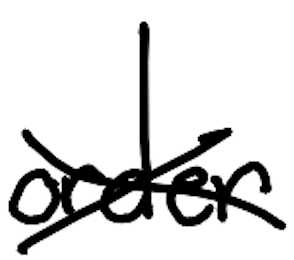
Text: order
Cross-out: cross
Writing tool: digital_black